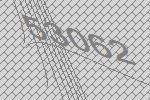
53062